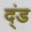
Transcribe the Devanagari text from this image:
द्ंड